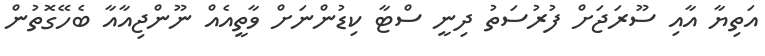
އަތިޔާ އާއި ސޫރަޖަށް ފުރުސަތު ދިނީ ސްޓާ ކިޑުންނަށް ވާތީއެއް ނޫންޖިއާއާ ބެހޭގޮތުން